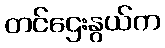
တင်ဌေးနွယ်က